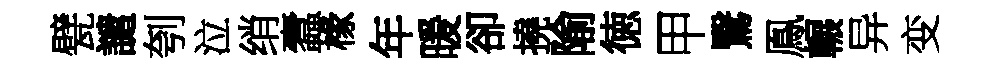
甓譴刳泣绡蠧椽年暖卻撓隃徳甲鷖鳯輾异变